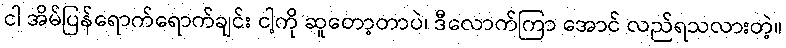
ငါ အိမ်ပြန်ရောက်ရောက်ချင်း ငါ့ကို ဆူတော့တာပဲ၊ ဒီလောက်ကြာ အောင် လည်ရသလားတဲ့။